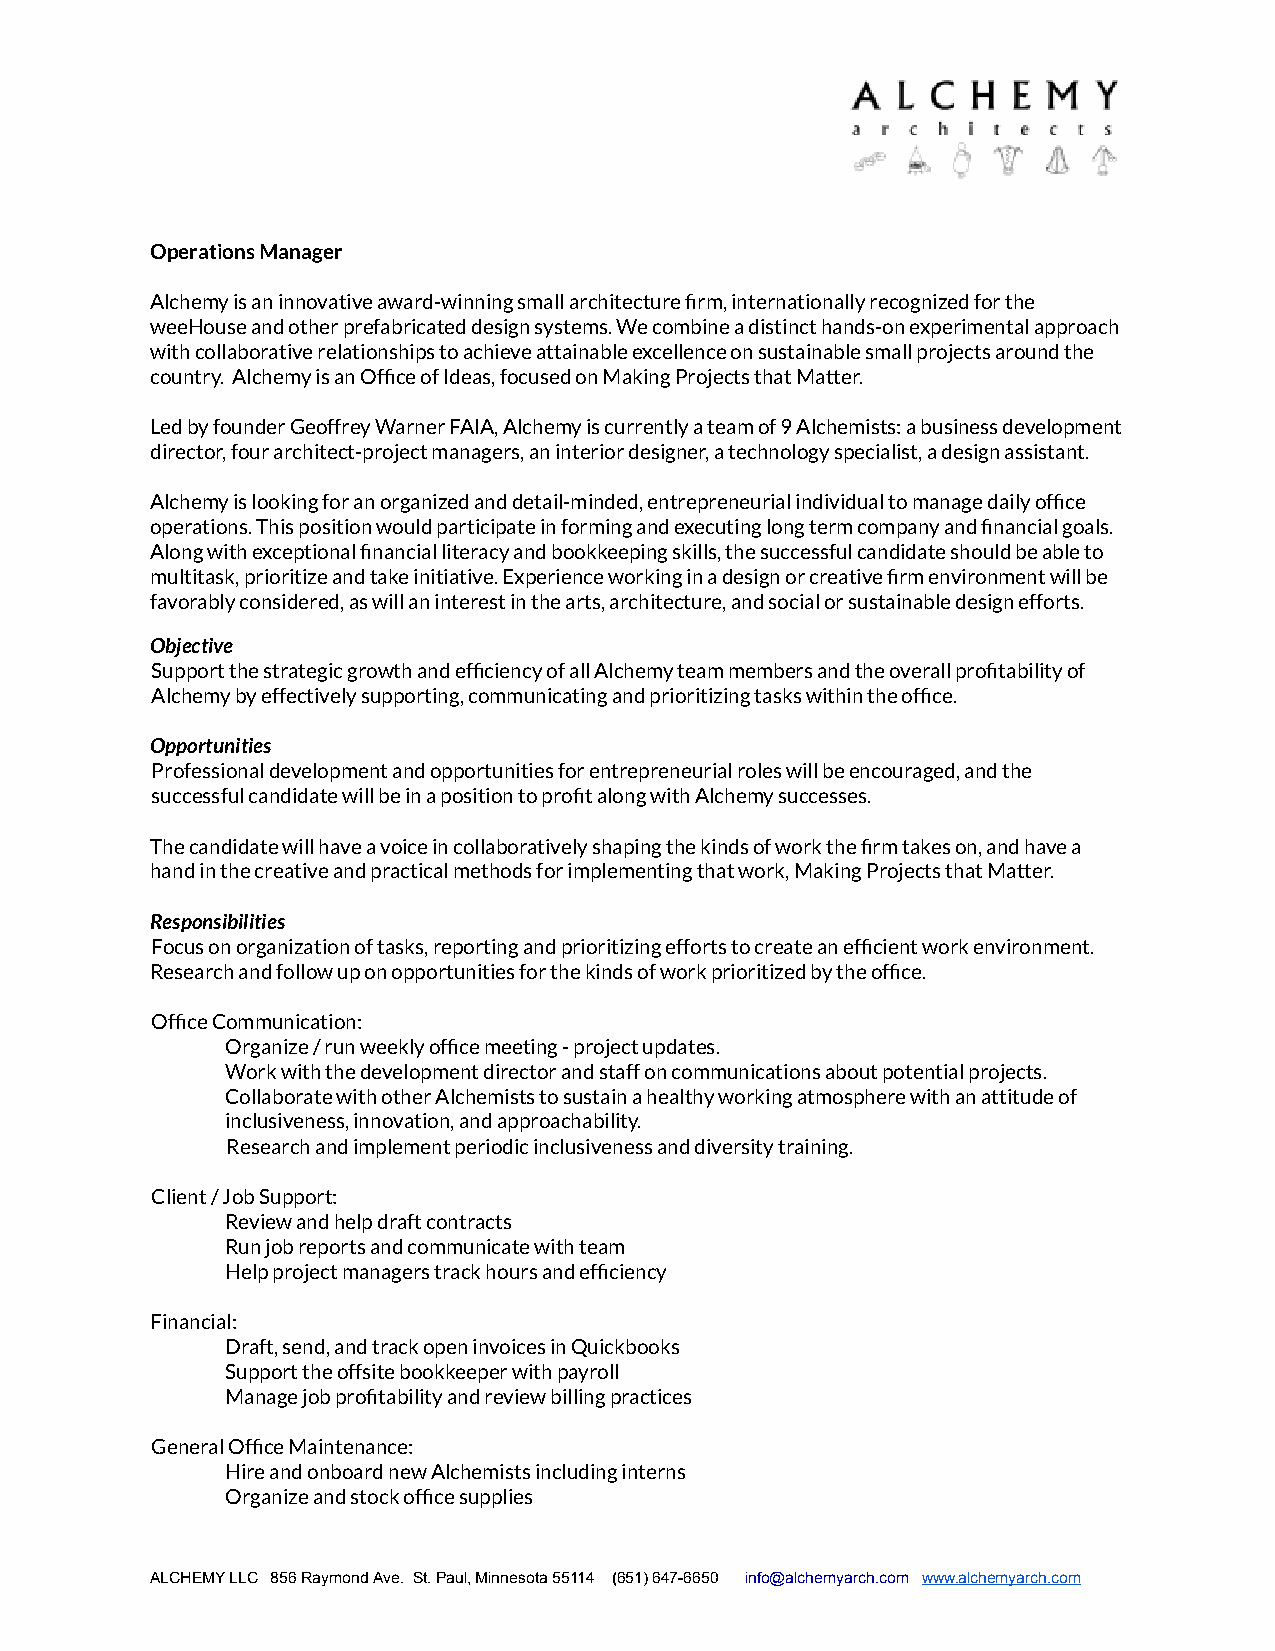
Operations Manager
 Alchemy is an innovative award-winning small architecture firm, internationally recognized for the
 weeHouse and other prefabricated design systems. We combine a distinct hands-on experimental approach
 with collaborative relationships to achieve attainable excellence on sustainable small projects around the
 country. Alchemy is an Office of Ideas, focused on Making Projects that Matter.
 Led by founder Geoffrey Warner FAIA, Alchemy is currently a team of 9 Alchemists: a business development
 director, four architect-project managers, an interior designer, a technology specialist, a design assistant.
 Alchemy is looking for an organized and detail-minded, entrepreneurial individual to manage daily office
 operations. This position would participate in forming and executing long term company and financial goals.
 Along with exceptional financial literacy and bookkeeping skills, the successful candidate should be able to
 multitask, prioritize and take initiative. Experience working in a design or creative firm environment will be
 favorably considered, as will an interest in the arts, architecture, and social or sustainable design efforts.
 Objective
 Support the strategic growth and efficiency of all Alchemy team members and the overall profitability of
 Alchemy by effectively supporting, communicating and prioritizing tasks within the office.
 Opportunities
 Professional development and opportunities for entrepreneurial roles will be encouraged, and the
 successful candidate will be in a position to profit along with Alchemy successes.
 The candidate will have a voice in collaboratively shaping the kinds of work the firm takes on, and have a
 hand in the creative and practical methods for implementing that work, Making Projects that Matter.
 Responsibilities
 Focus on organization of tasks, reporting and prioritizing efforts to create an efficient work environment.
 Research and follow up on opportunities for the kinds of work prioritized by the office.
 Office Communication:
 Organize / run weekly office meeting - project updates.
 Work with the development director and staff on communications about potential projects.
 Collaborate with other Alchemists to sustain a healthy working atmosphere with an attitude of
 inclusiveness, innovation, and approachability.
 Research and implement periodic inclusiveness and diversity training.
 Client / Job Support:
 Review and help draft contracts
 Run job reports and communicate with team
 Help project managers track hours and efficiency
 Financial:
 Draft, send, and track open invoices in Quickbooks
 Support the offsite bookkeeper with payroll
 Manage job profitability and review billing practices
 General Office Maintenance:
 Hire and onboard new Alchemists including interns
 Organize and stock office supplies
 ALCHEMY LLC 856 Raymond Ave. St. Paul, Minnesota 55114 ( 651) 647-6650 info@alchemyarch.com www.alchemyarch.com